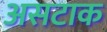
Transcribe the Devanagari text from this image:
असटाक